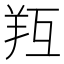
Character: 𦍞